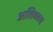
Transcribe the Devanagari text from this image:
अतिव्यय